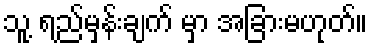
သူ့ ရည်မှန်းချက် မှာ အခြားမဟုတ်။